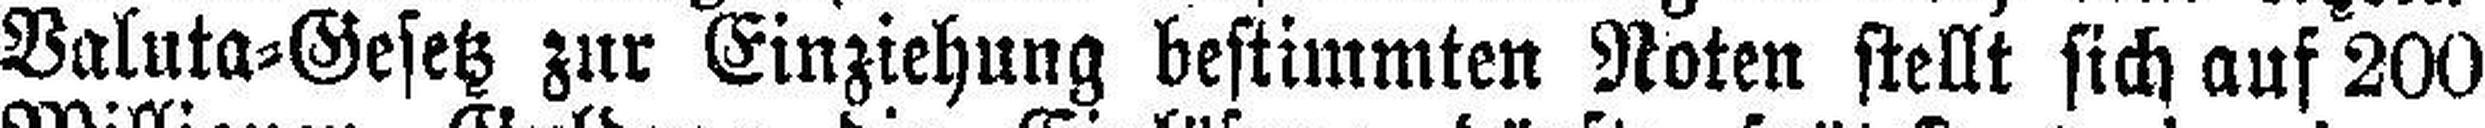
Valuta=Gesetz zur Einziehung bestimmten Noten stellt sich auf 200